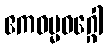
ဧကဓမ္မဝဂ္ဂေါ